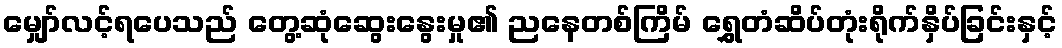
မျှော်လင့်ရပေသည် တွေ့ဆုံဆွေးနွေးမှု၏ ညနေတစ်ကြိမ် ရွှေတံဆိပ်တုံးရိုက်နှိပ်ခြင်းနှင့်